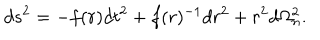
LaTeX: d s ^ { 2 } = - f ( r ) d t ^ { 2 } + f ( r ) ^ { - 1 } d r ^ { 2 } + r ^ { 2 } d \Omega _ { n } ^ { 2 } .